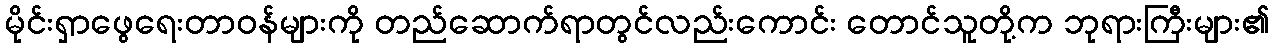
မိုင်းရှာဖွေရေးတာဝန်များကို တည်ဆောက်ရာတွင်လည်းကောင်း တောင်သူတို့က ဘုရားကြီးများ၏